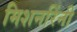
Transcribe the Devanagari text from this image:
मिशनरिंनी